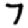
Digit: 7